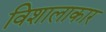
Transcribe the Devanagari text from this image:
विशालाकार